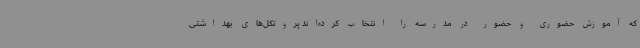
که آموزش حضوری و حضور در مدرسه را انتخاب کرده‌اند پروتکل‌های بهداشتی